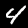
Digit: 4